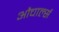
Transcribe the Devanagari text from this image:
औचार्ल्स